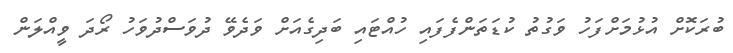
ބުރަކޮށް އުޅުމަށްފަހު ވަގުތު ކުޑަތަންފެފައި ހުއްޓައި ބަދިގެއަށް ވަދެވޭ ދުވަސްދުވަހު ރޯދަ ވީއްލަން